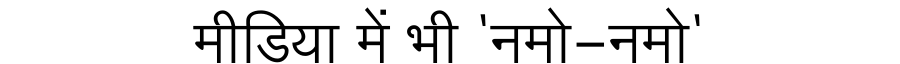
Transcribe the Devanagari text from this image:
मीडिया में भी 'नमो-नमो'